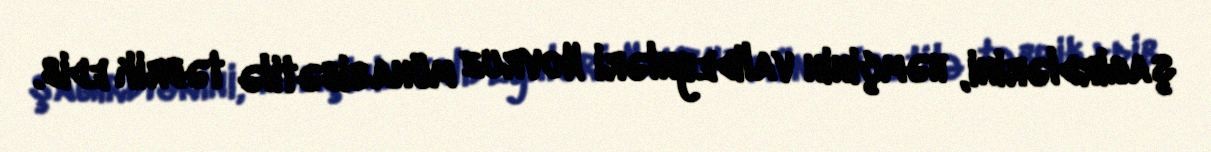
şagirdlərini, həmçinin valideynləri Novruz münasibətilə təbrik edib.